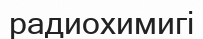
радиохимигі